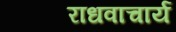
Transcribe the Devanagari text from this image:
राधवाचार्य